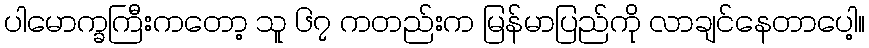
ပါမောက္ခကြီးကတော့ သူ ၆၇ ကတည်းက မြန်မာပြည်ကို လာချင်နေတာပေါ့။